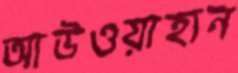
আউওয়াহান